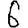
Digit: 6